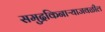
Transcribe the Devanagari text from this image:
समुद्रकिनाऱ्याजवळील